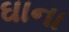
ઘાના